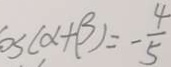
\cos ( \alpha + \beta ) = - \frac { 4 } { 5 }